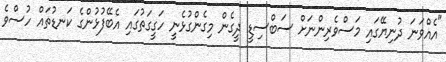
"އެއްވަނަ ދުނިޔޭގައި މަސްވެރިންނަށް ސަބްސިޑީ ދީގެން މިގެންގުޅެނީ ހަގީގަތުގައި އެބޭފުޅުންގެ ކަނޑުތައް ހުސްވެ